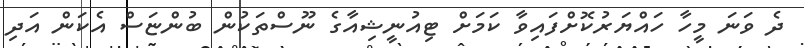
ދެ ވަނަ މީހާ ހައްޔަރުކޮށްފައިވާ ކަމަށް ޓިއުނީޝިއާގެ ނޫސްތަކުން ބުންޏަސް އެކަން އަދި